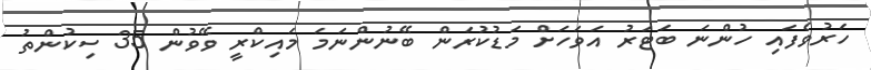
ހަރުވެފައި ހުންނަ ބަޓަރު އަވަހަށް މަޑުކުރަން ބޭނުންނަމަ މައިކްރީ ވޭވުން 35 ސިކުންތު